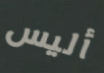
أليس